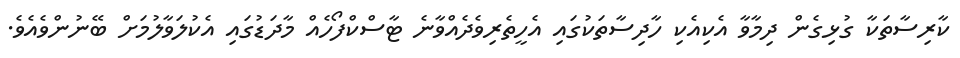
ކާރިސާތަކާ ގުޅިގެން ދިމާވާ އެކިއެކި ހާދިސާތަކުގައި އެހީތެރިވެދެއްވާނެ ޓާސްކްފޯހެއް މާދަޑުގައި އެކުލަވާލުމަށް ބޭނުންވެއެވެ.